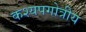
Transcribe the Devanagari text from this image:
कश्यपगोत्रीय